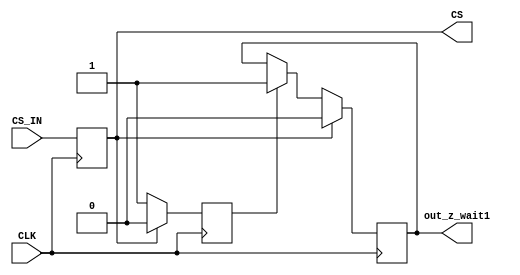
`timescale 1ns / 1ps

// **********************************************
//
// Proper handling of Chip Select (CS) input
// on a multi-FPGA board.
//
// On CS assertion:
// * cycle 1. CS input gets registered (CS)
// * cycle 2. Some outputs go T-state (out_z)
// * cycle 3. Some outputs go T-state (out_z_wait1)
//
// **********************************************

module chip_select(
	// Asynchronous CS input
	input CS_IN,
	input CLK,
	// Synchronous output
	output CS,
	//output out_z,
	output out_z_wait1
	);

	(* IOB="true" *) reg cs_in_r = 0;
	always @(posedge CLK)
		cs_in_r <= CS_IN;
	assign CS = cs_in_r;

	//(* IOB="true" *) reg cs_out_inv_r = 0;
	(* IOB="true" *) reg cs_out_inv_wait1_r = 0;
	reg deselect_delay = 0;

	always @(posedge CLK)
		if (~cs_in_r) begin
			//cs_out_inv_r <= 1;
			deselect_delay <= 1;
			if (deselect_delay)
				cs_out_inv_wait1_r <= 1;
		end
		else begin
			//cs_out_inv_r <= 0;
			deselect_delay <= 0;
			cs_out_inv_wait1_r <= 0;
		end

	//assign out_z = cs_out_inv_r;
	assign out_z_wait1 = cs_out_inv_wait1_r;
	
endmodule